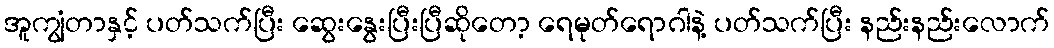
အူကျွံတာနှင့် ပတ်သက်ပြီး ဆွေးနွေးပြီးပြီဆိုတော့ ရေမုတ်ရောဂါနဲ့ ပတ်သက်ပြီး နည်းနည်းလောက်